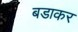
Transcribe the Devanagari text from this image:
बडाकर